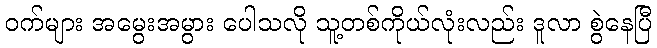
ဝက်များ အမွေးအမွား ပေါသလို သူ့တစ်ကိုယ်လုံးလည်း ဒူလာ စွဲနေပြီ